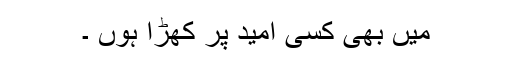
میں بھی کسی امید پر کھڑا ہوں ۔